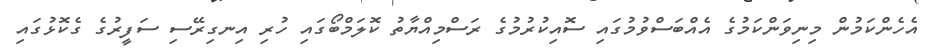
އެހެންކަމުން މިނިވަންކަމުގެ އެއްބަސްވުމުގައި ސޮއިކުރުމުގެ ރަސްމިއްޔާތު ކޮލަމްބޯގައި ހުރި އިނގިރޭސި ސަފީރުގެ ގެކޮޅުގައި